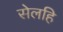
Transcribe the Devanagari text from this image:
सेलहि